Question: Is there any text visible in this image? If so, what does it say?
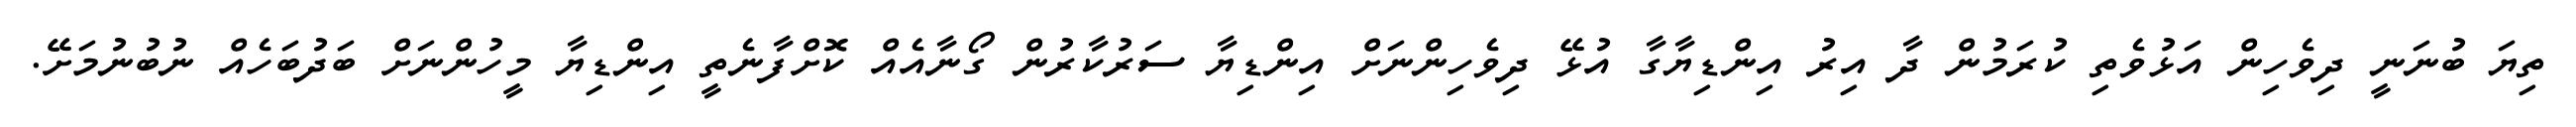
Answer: ތިޔަ ބުނަނީ ދިވެހިން އަޅުވެތި ކުރަމުން ދާ އިރު އިންޑިޔާގާ އުޅޭ ދިވެހިންނަށް އިންޑިޔާ ސަރުކާރުން ގޯނާއެއް ކޮށްފާނެތީ އިންޑިޔާ މީހުންނަށް ބަދުބަހެއް ނުބުނުމަށޭ.